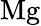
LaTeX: \mathrm{Mg}